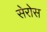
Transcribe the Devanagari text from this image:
सेरोस